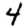
Digit: 4